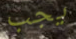
يجب